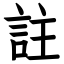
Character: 註